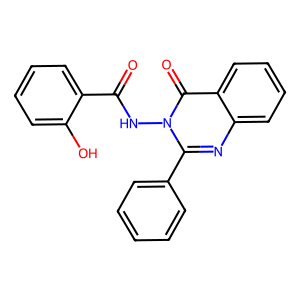
SMILES: O=C(Nn1c(-c2ccccc2)nc2ccccc2c1=O)c1ccccc1O
Inhibits HIV replication: No